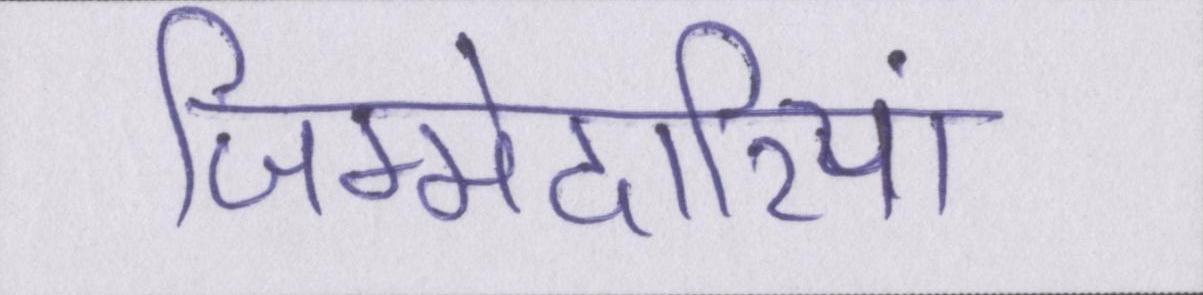
जिम्मेदारियां